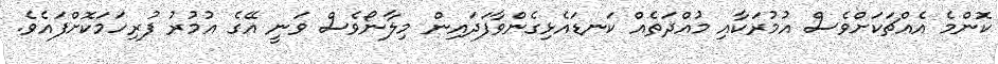
ކޮންމެ އެއްޗަކަށްވެސް އުމުރަކާއި މުއްދަތެއް ކަނޑައެޅިގެންވާފަދައިން މިލާނޯވެސް ވަނީ އޭގެ އުމުރު ފުރިހަމަކޮށްފައެވެ.